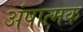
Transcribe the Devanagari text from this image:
अंषात्मक